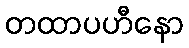
တထာပဟီနော